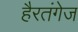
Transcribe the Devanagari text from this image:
हैरतंगेज